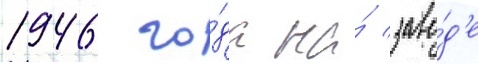
1946 го́да на́ заво́д'е